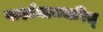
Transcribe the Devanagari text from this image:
पार्श्वनाथचरित्